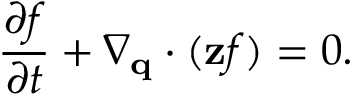
\frac { \partial f } { \partial t } + \nabla _ { \mathbf { q } } \cdot ( \mathbf { z } f ) = 0 .